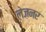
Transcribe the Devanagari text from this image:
लेज़नर